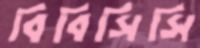
বিবিসিসি